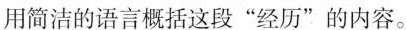
用简洁的语言概括这段”经历”的内容。